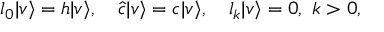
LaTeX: l _ { 0 } | v \rangle = h | v \rangle , \quad \hat { c } | v \rangle = c | v \rangle , \quad l _ { k } | v \rangle = 0 , \ k > 0 ,